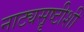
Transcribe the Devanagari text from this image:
नाट्यसॄष्टीशी